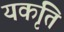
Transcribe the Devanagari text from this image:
यकृति